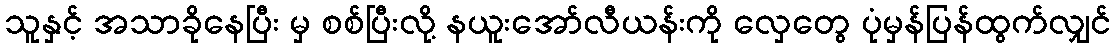
သူနှင့် အသာခိုနေပြီး မှ စစ်ပြီးလို့ နယူးအော်လီယန်းကို လှေတွေ ပုံမှန်ပြန်ထွက်လျှင်